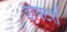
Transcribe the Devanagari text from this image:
डाक्‍टरों